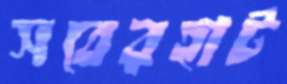
সবেরহাট